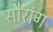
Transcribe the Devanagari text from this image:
सौरांग